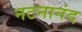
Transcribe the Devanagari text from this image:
नटनानंद